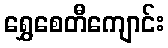
ရွှေစေတီကျောင်း